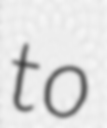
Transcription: to